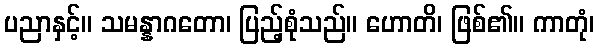
ပညာနှင့်။ သမန္နာဂတော၊ ပြည့်စုံသည်။ ဟောတိ၊ ဖြစ်၏။ ကာတုံ၊